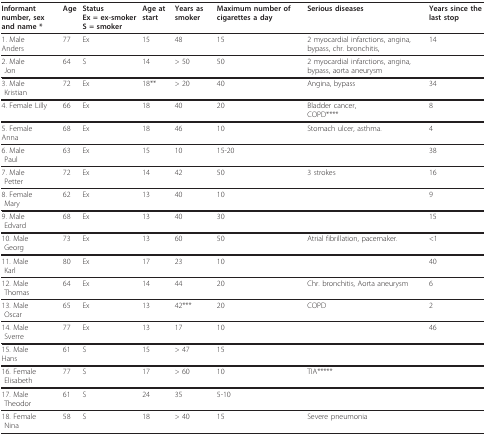
| Informantnumber, sex and name * | Age | StatusEx = ex-smokerS = smoker | Age at start | Years as smoker | Maximum number of cigarettes a day | Serious diseases | Years since the last stop |
 | --- | --- | --- | --- | --- | --- | --- | --- |
 | 1. Male Anders | 77 | Ex | 15 | 48 | 15 | 2 myocardial infarctions, angina, bypass, chr. bronchitis, | 14 |
 | 2. Male Jon | 64 | S | 14 | > 50 | 50 | 2 myocardial infarctions, angina, bypass, aorta aneurysm |  |
 | 3. Male Kristian | 72 | Ex | 18** | > 20 | 40 | Angina, bypass | 34 |
 | 4. FemaleLilly | 66 | Ex | 18 | 40 | 20 | Bladder cancer,COPD**** | 8 |
 | 5. Female Anna | 68 | Ex | 18 | 46 | 10 | Stomach ulcer, asthma. | 4 |
 | 6. Male Paul | 63 | Ex | 15 | 10 | 15-20 |  | 38 |
 | 7. Male Petter | 72 | Ex | 14 | 42 | 50 | 3 strokes | 16 |
 | 8. Female Mary | 62 | Ex | 13 | 40 | 10 |  | 9 |
 | 9. Male Edvard | 68 | Ex | 13 | 40 | 30 |  | 15 |
 | 10. Male Georg | 73 | Ex | 13 | 60 | 50 | Atrial fibrillation, pacemaker. | <1 |
 | 11. Male Karl | 80 | Ex | 17 | 23 | 10 |  | 40 |
 | 12. Male Thomas | 64 | Ex | 14 | 44 | 20 | Chr. bronchitis, Aorta aneurysm | 6 |
 | 13. Male Oscar | 65 | Ex | 13 | 42*** | 20 | COPD | 2 |
 | 14. Male Sverre | 77 | Ex | 13 | 17 | 10 |  | 46 |
 | 15. Male Hans | 61 | S | 15 | > 47 | 15 |  |  |
 | 16. Female Elisabeth | 77 | S | 17 | > 60 | 10 | TIA***** |  |
 | 17. Male Theodor | 61 | S | 24 | 35 | 5-10 |  |  |
 | 18. Female Nina | 58 | S | 18 | > 40 | 15 | Severe pneumonia |  |